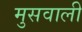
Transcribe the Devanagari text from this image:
मुसवाली